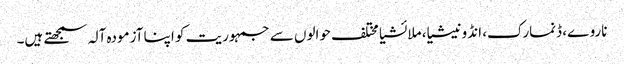
ناروے، ڈنمارک، انڈونیشیا، ملائشیا مختلف حوالوں سے جمہوریت کو اپنا آزمودہ آلہ سمجھتے ہیں۔